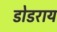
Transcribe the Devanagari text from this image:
डोडराय